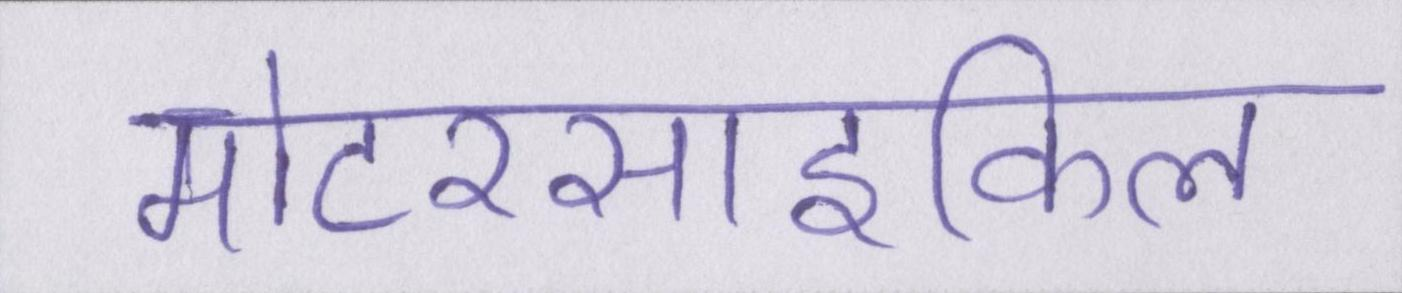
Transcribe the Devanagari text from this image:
मोटरसाइकिल